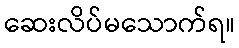
ဆေးလိပ်မသောက်ရ။